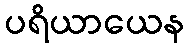
ပရိယာယေန